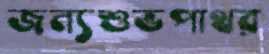
জন্যশুভপাথর